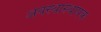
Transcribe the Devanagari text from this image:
अवस्थास्थापक